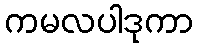
ကမလပါဒုကာ